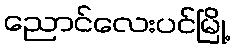
ညောင်လေးပင်မြို့